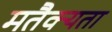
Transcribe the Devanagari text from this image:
मतैक्यता